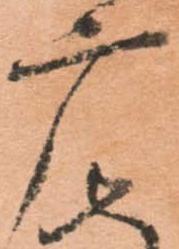
广